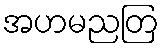
အဟမညတြ